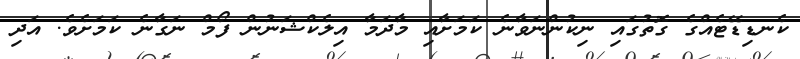
ކެނޑިޑޭޓެއްގެ ގޮތުގައި ނިކުންނަވާނެ ކަމަށާއި މާދަމާ އިލެކްޝަނުުން ފޯމް ނަގާނެ ކަމަށެވެ. އަދި